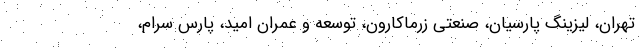
تهران، لیزینگ پارسیان، صنعتی زرماکارون، توسعه و عمران امید، پارس سرام،